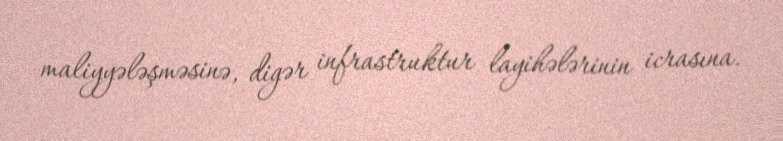
maliyyələşməsinə, digər infrastruktur layihələrinin icrasına.